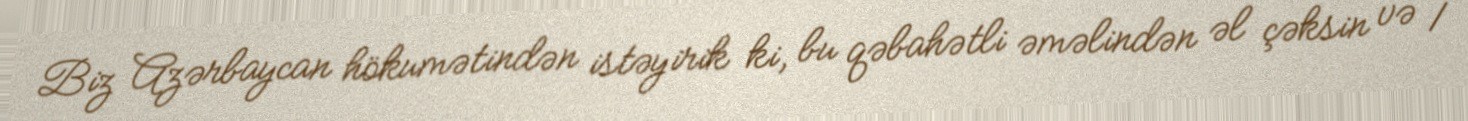
Biz Azərbaycan hökumətindən istəyirik ki, bu qəbahətli əməlindən əl çəksin və 1